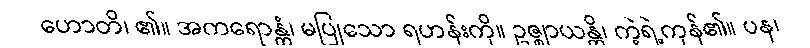
ဟောတိ၊ ၏။ အကရောန္တံ၊ မပြုသော ရဟန်းကို။ ဥဇ္ဈာယန္တိ၊ ကဲ့ရဲ့ကုန်၏။ ပန၊